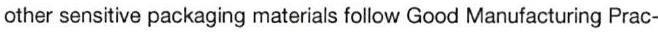
other sensitive packaging materials follow Good Manufacturing Prac-